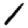
Digit: 1